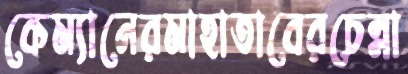
কেম্যানেরমাহাতাবেরচেন্না